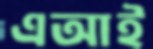
এআই